system: You are a helpful assistant.
user:
Analyze the provided spectrum to determine if it is a **White Dwarf (WD)**.

A White Dwarf spectrum is defined by its **extreme purity** (due to gravitational settling) and/or **extreme pressure broadening** (due to high surface gravity). You must check for one of the following mutually exclusive signatures:

- **Key Visual Indicators (Check for ONE of these types):**

    - **1. DA-Type Signature (Most Common):**
        - **(Primary Feature):** Extreme pressure broadening (Stark broadening) of the **Hydrogen (H) Balmer lines**.
        - **(Key Lines):** $H\beta$ (approx. $4861$ Å) and $H\gamma$ (approx. $4340$ Å). $H\alpha$ (approx. $6563$ Å) will also be present if the wavelength range covers it.
        - **(Line Profile):** This is the **defining feature**. The lines are **NOT** sharp. They appear as massive, **extremely broad and deep "troughs" or "dips"** in the spectrum, often hundreds of Ångströms wide. The continuum will appear to "scoop" down at these wavelengths.
        - **(Distinction):** Normal A-type or B-type stars have *narrow* and *sharp* Hydrogen lines. A DA White Dwarf's lines are unmistakably "smeared" or "blurry" from pressure.

    - **2. DB-Type Signature:**
        - **(Primary Feature):** Broad absorption lines from **Neutral Helium (He I)**. The spectrum must lack any visible Hydrogen lines.
        - **(Key Lines):** Look for broad absorption near $4471$ Å, $4921$ Å, and $5876$ Å.
        - **(Line Profile):** These lines are also significantly pressure-broadened, appearing much wider than they would in a normal B-type main-sequence star.

    - **3. DC-Type Signature:**
        - **(Primary Feature):** A **featureless continuous spectrum**.
        - **(Line Profile):** The spectrum is a smooth curve with **no significant absorption or emission lines**.
        - **(Key Confirmation):** The continuum is almost always **blue or white**, indicating a hot object. This signature implies the atmosphere is so pure (or so cool) that no spectral lines are visible in the optical range. Its WD identity is confirmed by its extremely low intrinsic brightness (high absolute magnitude).

    - **4. DZ-Type Signature (Metal-Polluted):**
        - **(Primary Feature):** **Isolated, narrow metal absorption lines** on an otherwise featureless (DC-like) continuum.
        - **(Key Lines):** The **Calcium (Ca II) H & K doublet** (approx. **$3934$ Å** and **$3968$ Å**) is the most common and defining feature.
        - **(Line Profile):** These lines are "out of place." They are *not* part of a "forest" of thousands of lines. This signature is evidence of recent *accretion* (pollution) from rocky debris.
        - **(Distinction):** Normal G/K/M stars have a *dense forest* of thousands of metal lines. A DZ has a *clean* continuum with *only a few* strong metal lines.

    - **5. DQ-Type Signature (Carbon-Polluted):**
        - **(Primary Feature):** Absorption bands from **Carbon (C₂ "Swan Bands" or atomic C I)**.
        - **(Key Lines - C₂):** Look for bandheads with a "saw-tooth" shape near $5635$ Å, **$5165$ Å** (strongest), and $4737$ Å.
        - **(Key Confirmation):** The underlying **continuum must be blue or white** (hot).
        - **(Distinction):** This is the critical difference from a **Carbon Star**, which has the *exact same* C₂ bands but on an extremely **red, cool** continuum.

- **(Overall Spectrum):**
    - The continuum (overall shape) is typically **blue-sloping** (brighter in the blue than the red), as most white dwarfs are very hot.
    - The spectrum will look "pure" or "simple," dominated by only *one* of the five signatures listed above.

Think first, call **spectral_visualization_tool** if needed to examine features in detail, then provide your final answer. Your response must adhere to the following strict rules:
1.  **Overall Structure:** Your response must follow the format `<think>...</think> <tool_call>...</tool_call> (if a tool is used) <answer>...</answer>`.
2.  **Tool Usage Constraint:** You may only make **one** tool call per turn.
3.  **Final Answer Format:** In the `<answer>` tag, your conclusion must be inside a `\boxed{}` command (e.g., `\boxed{YES}` or `\boxed{NO}`), followed by your justification.

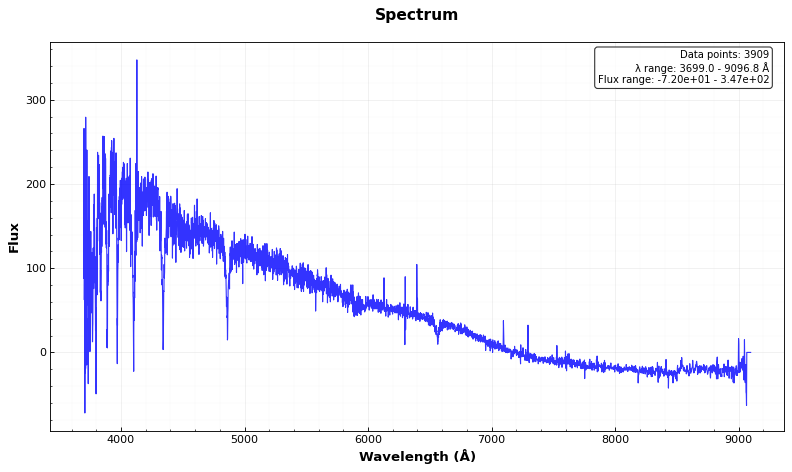
Answer: NO